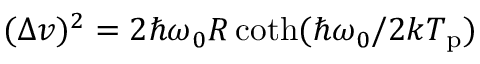
( \Delta v ) ^ { 2 } = 2 \hbar \omega _ { 0 } R \coth ( \hbar \omega _ { 0 } / 2 k T _ { \mathrm { p } } )